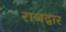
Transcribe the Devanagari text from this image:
राजद्वार